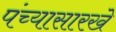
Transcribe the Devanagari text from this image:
पंच्यासारखे